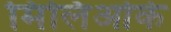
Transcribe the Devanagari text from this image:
मिलिओके